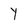
Character: Y